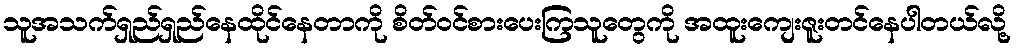
သူအသက်ရှည်ရှည်နေထိုင်နေတာကို စိတ်ဝင်စားပေးကြသူတွေကို အထူးကျေးဇူးတင်နေပါတယ်လို့